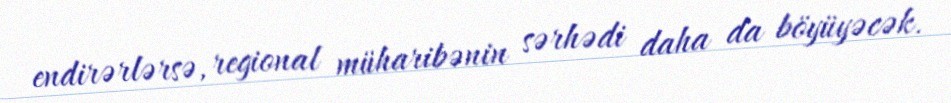
endirərlərsə, regional müharibənin sərhədi daha da böyüyəcək.